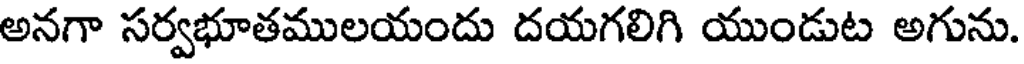
అనగా సర్వభూతములయందు దయగలిగి యుండుట అగును.